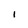
Character: i